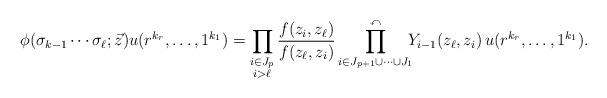
LaTeX: \begin{align*}\phi(\sigma_{k-1}\cdots \sigma_{\ell}; \vec{z}) u(r^{k_{r}}, \ldots , 1^{k_{1}})=\prod_{\begin{subarray}{c} i \in J_{p} \\ i>\ell \end{subarray}}\frac{f(z_{i}, z_{\ell})}{f(z_{\ell}, z_{i})}\prod_{i \in J_{p+1} \cup \cdots \cup J_{1}}^{\curvearrowleft} \!\!\! Y_{i-1}(z_{\ell}, z_{i}) \, u(r^{k_{r}}, \ldots , 1^{k_{1}}). \end{align*}